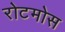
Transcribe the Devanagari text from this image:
रोटमोस